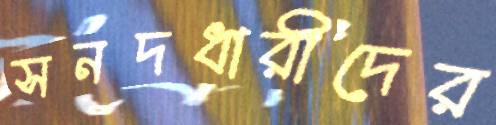
সনদধারীদের